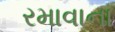
રમાવાના